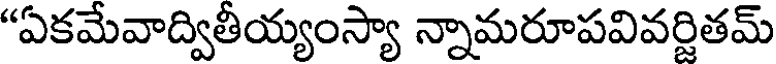
"ఏకమేవాద్వితీయ్యంస్యా న్నామరూపవివర్జితమ్